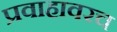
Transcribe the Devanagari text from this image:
प्रवाहावरच